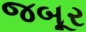
જબૂર